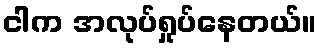
ငါက အလုပ်ရှုပ်နေတယ်။